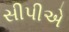
સીપીએ